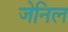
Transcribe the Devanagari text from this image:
जेनिल